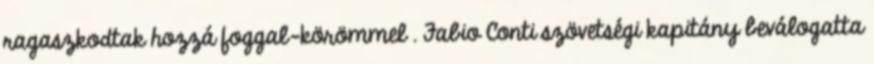
ragaszkodtak hozzá foggal-körömmel . Fabio Conti szövetségi kapitány beválogatta